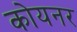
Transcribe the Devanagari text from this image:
कोयनर